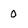
Character: 0